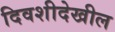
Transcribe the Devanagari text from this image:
दिवशीदेखील